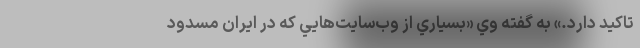
تاكيد دارد.» به گفته وي «بسياري از وب‌سايت‌هايي كه در ايران مسدود